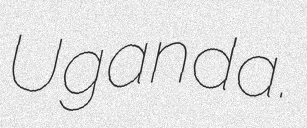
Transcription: Uganda.